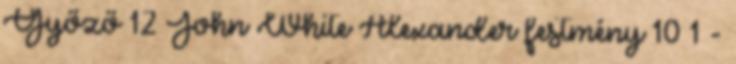
Győző 12 John White Alexander festmény 10 1 -